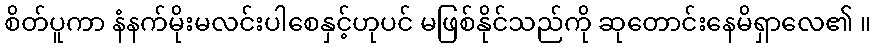
စိတ်ပူကာ နံနက်မိုးမလင်းပါစေနှင့်ဟုပင် မဖြစ်နိုင်သည်ကို ဆုတောင်းနေမိရှာလေ၏ ။